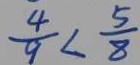
\frac { 4 } { 9 } < \frac { 5 } { 8 }